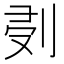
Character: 𠜘